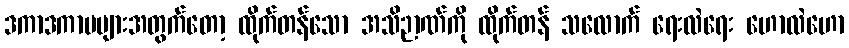
ဒကာဒကာမများအတွက်တော့ ထိုက်တန်သော အသိဉာဏ်ကို ထိုက်တန် သလောက် ရေးလဲရေး ဟောလဲဟော